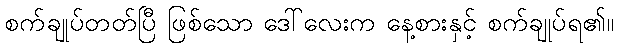
စက်ချုပ်တတ်ပြီ ဖြစ်သော ဒေါ်လေးက နေ့စားနှင့် စက်ချုပ်ရ၏။